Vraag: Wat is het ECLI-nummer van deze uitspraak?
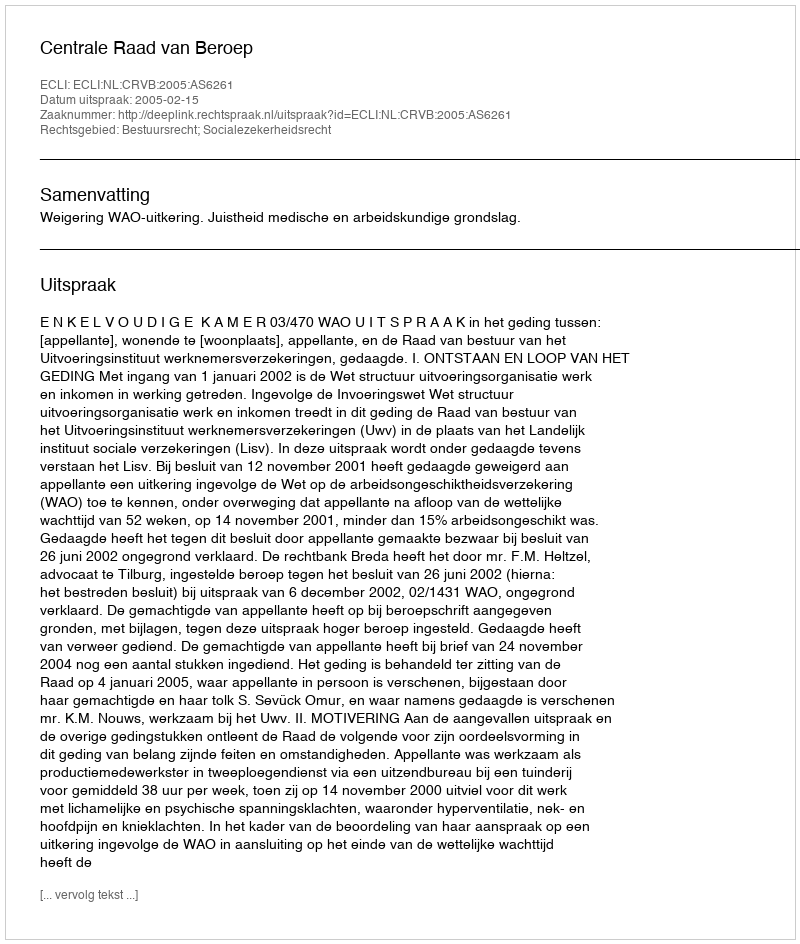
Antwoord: ECLI:NL:CRVB:2005:AS6261